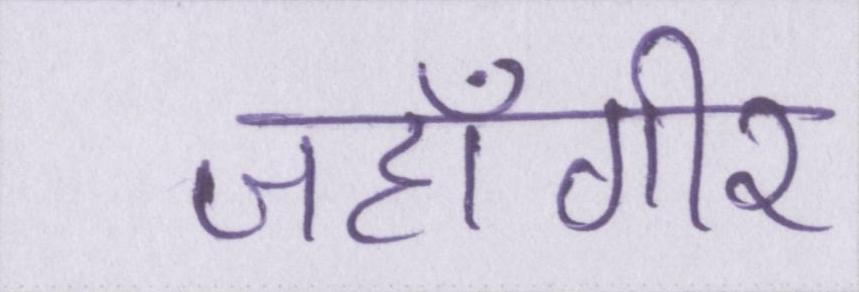
जहाँगीर